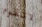
لاتقوم